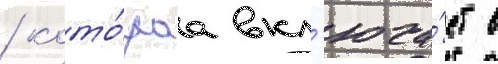
/ кото́раа вкл'юча́ет в